Scottish Leaving Certificate Examination, 1956
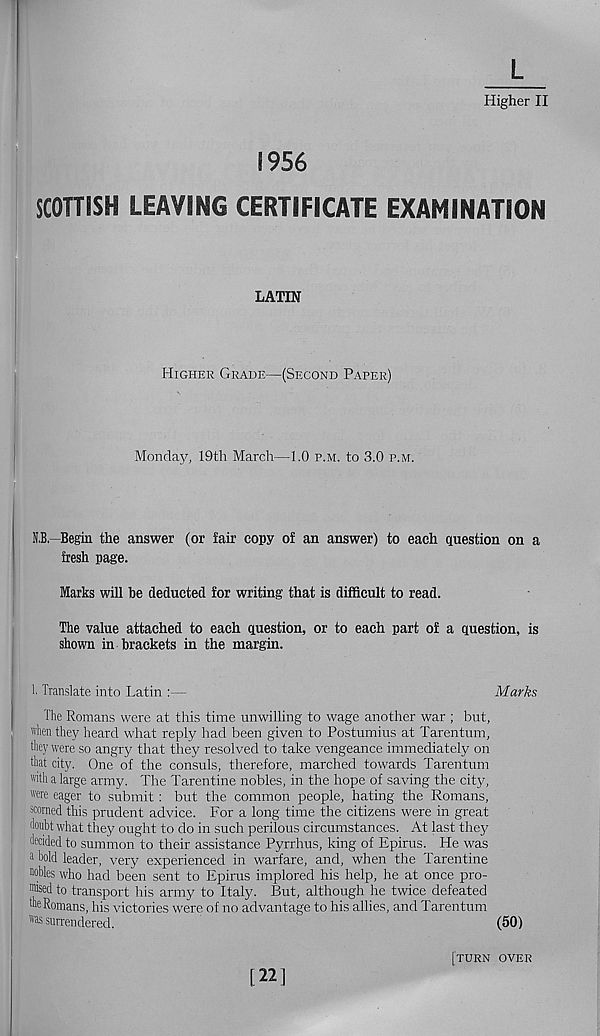
L
Higher II
1956
SCOTTISH LEAVING CERTIFICATE EXAMINATION
LATIN
Higher Grade—(Second Paper)
Monday, 19th March—1.0 p.m. to 3.0 p.m.
N,B.—Begin the answer (or fair copy of an answer) to each question on a
fresh page.
Marks will be deducted for writing that is difficult to read.
The value attached to each question, or to each part of a question, is
shown in brackets in the margin.
1. Translate into Latin :—
Marks
The Romans were at this time unwilling to wage another war ; but,
when they heard what reply had been given to Postumius at Tarentum,
they were so angry that they resolved to take vengeance immediately on
that city. One of the consuls, therefore, marched towards Tarentum
with a large army. The Tarentine nobles, in the hope of saving the city,
were eager to submit: but the common people, hating the Romans,
scorned this prudent advice. For a long time the citizens were in great
doubt what they ought to do in such perilous circumstances. At last they
decided to summon to their assistance Pyrrhus, king of Epirus. He was
a bold leader, very experienced in warfare, and, when the Tarentine
nobles who had been sent to Epirus implored his help, he at once pro-
"bsed to transport his army to Italy. But, although he twice defeated
die Romans, his victories were of no advantage to his allies, and Tarentum
was surrendered.
(50)
[22]
[turn over